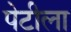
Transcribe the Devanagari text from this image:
पेटीला